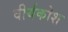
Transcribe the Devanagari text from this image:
वीर्यकोश